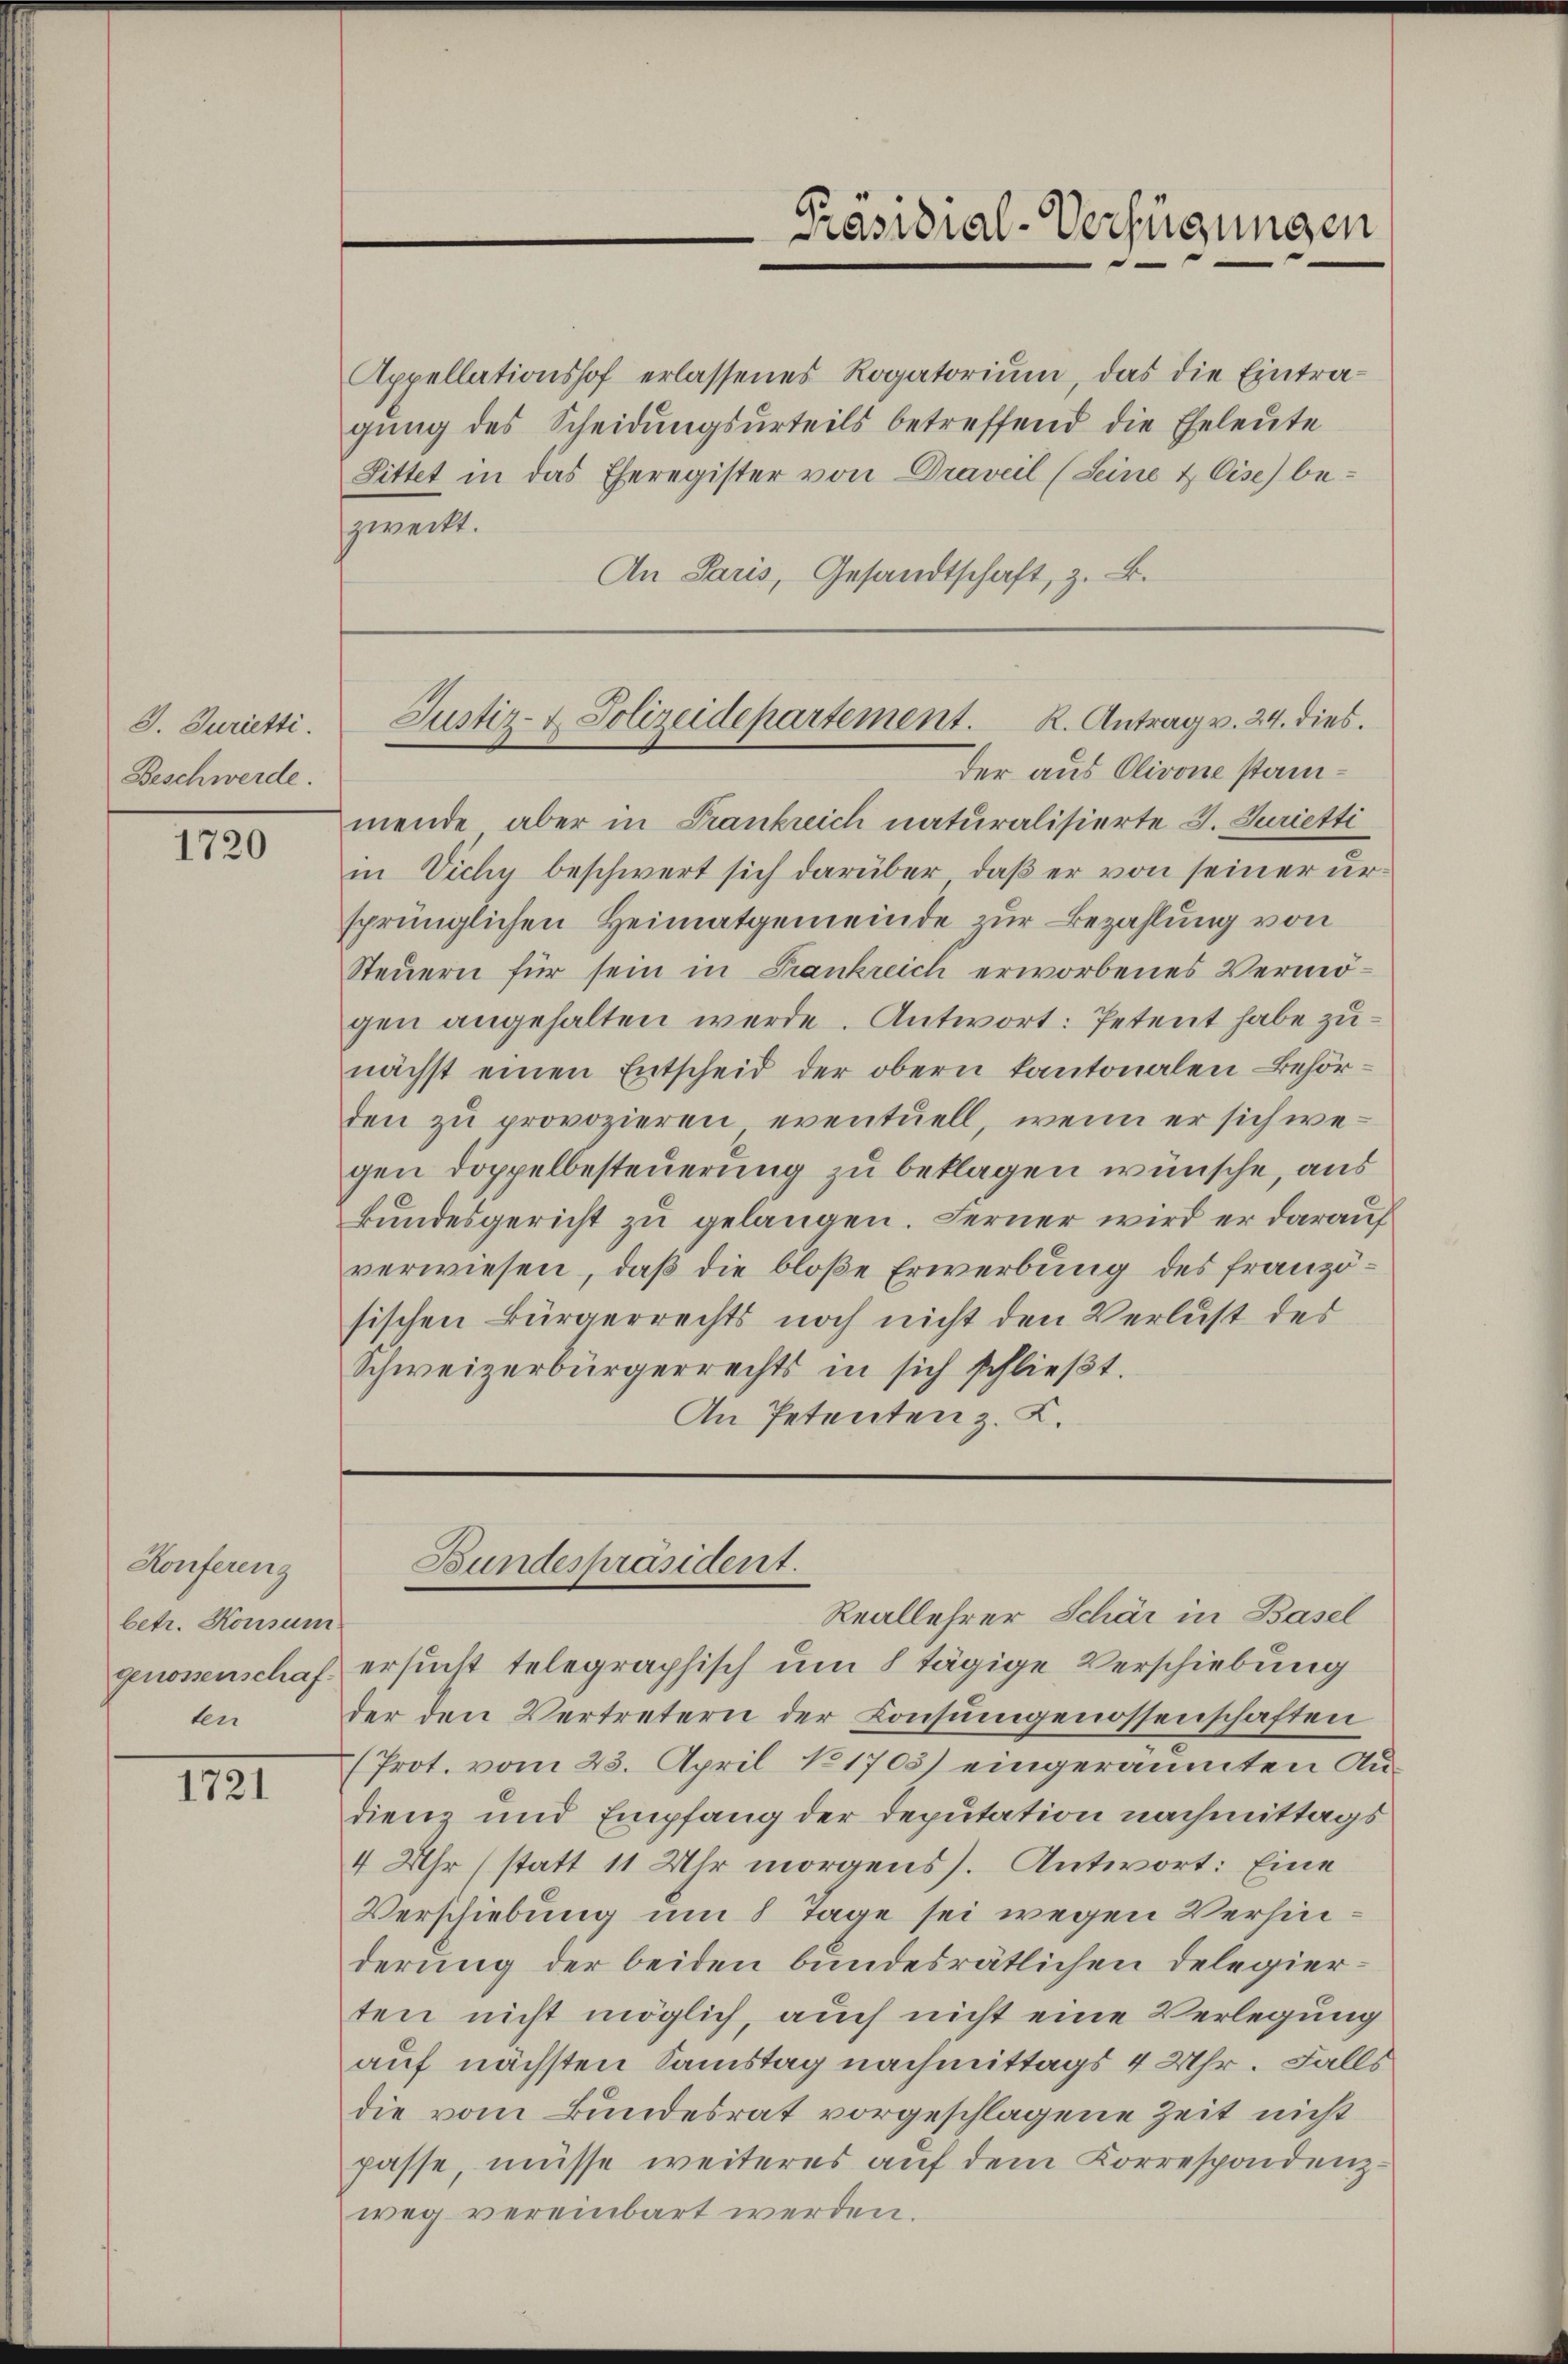
G. Jurietti.
Beschwerde.

1720

Konferenz
betr. Konsum
genossenschafber

1721

Appellationshof erlassenes Rogatorium, das die Eintra-
gung des Scheidungsurteils betreffend die Eheleute
Littet in das Eheregister von Draveil (Seine & Cise) be-
zweckt.
An Paris, Gesandtschaft, z. B.

Präsidial-Verfügungen

mende aber in Frankreich naturalisierte G. Jurietti
in Vichy beschwert sich darüber, daß er von seiner ursprünglichen Heimatgemeinde zur Bezahlung von
Steuern für sein in Frankreich erworbenes Vermögen angehalten werde. Antwort: Petent habe zunächst einen Entscheid der obern kantonalen Behörden zu provozieren eventuell, wenn er sich wegen Doppelbesteuerung zu beklagen wünsche, aus
Bundesgericht zu gelangen. Ferner wird er darauf
verwiesen, daß die bloße Erwerbung des französischen Bürgerrechts noch nicht den Verlust des
Schweizerbürgerrechts in sich schlieβt.
An Petenten z. K.

Justiz- & Polizeidepartement. K. Antrag v. 24. dies.
der aus Olivone stam¬

Bundespräsident.
Reallehrer Schär in Basel

ersucht telegraphisch um 8 tägige Verschiebung
der den Vertretern der Consungenossenschaften
(Prot. vom 23. April No 1705) eingeräumten Audienz und Empfang der Deputation nachmittags
4 Uhr (statt 11 Uhr morgens. Antwort: Eine
Verschiebung um 8 Tage sei wegen Verhinderung der beiden bundesrätlichen Delegierten nicht möglich, auch nicht eine Verlegung
auf nächsten Samstag nachmittags 4 Uhr. Falls
die vom Bundesrat vorgeschlagene Zeit nicht
passe, müsse weiteres auf dem Korrespondenzweg vereinbart werden.